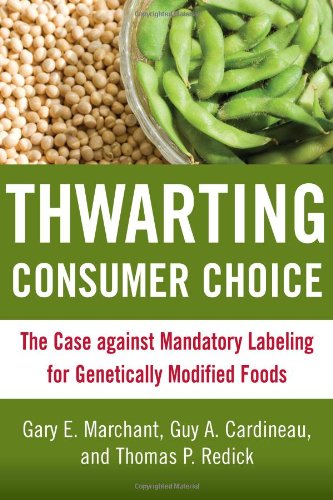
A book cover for Thwarting Consumer Choice: The Case against Mandatory Labeling for Genetically Modified Foods; Health, Fitness & Dieting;